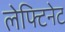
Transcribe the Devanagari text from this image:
लेफ्टिनेट